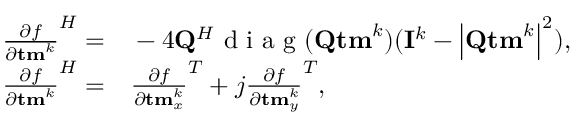
\begin{array} { r l } { { \frac { \partial f } { \partial { \bf t m } ^ { k } } } ^ { H } = } & { { } - 4 { \bf { Q } } ^ { H } \mathrm { ~ d ~ i ~ a ~ g ~ } ( { \bf { Q } } { \bf { t m } } ^ { k } ) ( { \bf { I } } ^ { k } - \left| { \bf { Q } } { \bf { t m } } ^ { k } \right| ^ { 2 } ) , } \\ { { \frac { \partial f } { \partial { \bf t m } ^ { k } } } ^ { H } = } & { { } \frac { \partial f } { \partial { \bf t m } _ { x } ^ { k } } ^ { T } + j \frac { \partial f } { \partial { \bf t m } _ { y } ^ { k } } ^ { T } , } \end{array}